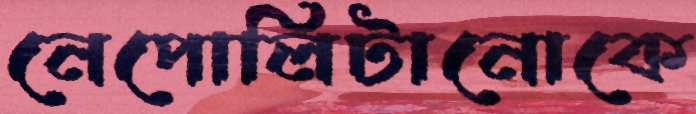
নেপোলিটানোকে